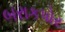
બરાકપોર